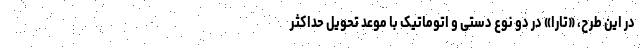
در این طرح، «تارا» در دو نوع دستی و اتوماتیک با موعد تحویل حداکثر